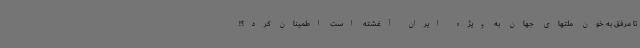
تا مرفق به خون ملتهای جهان به ویژه ایران آغشته است اطمینان کرد؟!